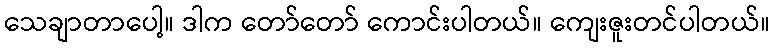
သေချာတာပေါ့။ ဒါက တော်တော် ကောင်းပါတယ်။ ကျေးဇူးတင်ပါတယ်။